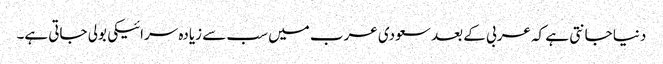
دنیا جانتی ہے کہ عربی کے بعد سعودی عرب میں سب سے زیادہ سرائیکی بولی جاتی ہے۔